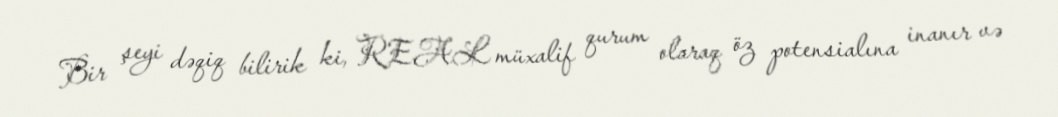
Bir şeyi dəqiq bilirik ki, REAL müxalif qurum olaraq öz potensialına inanır və